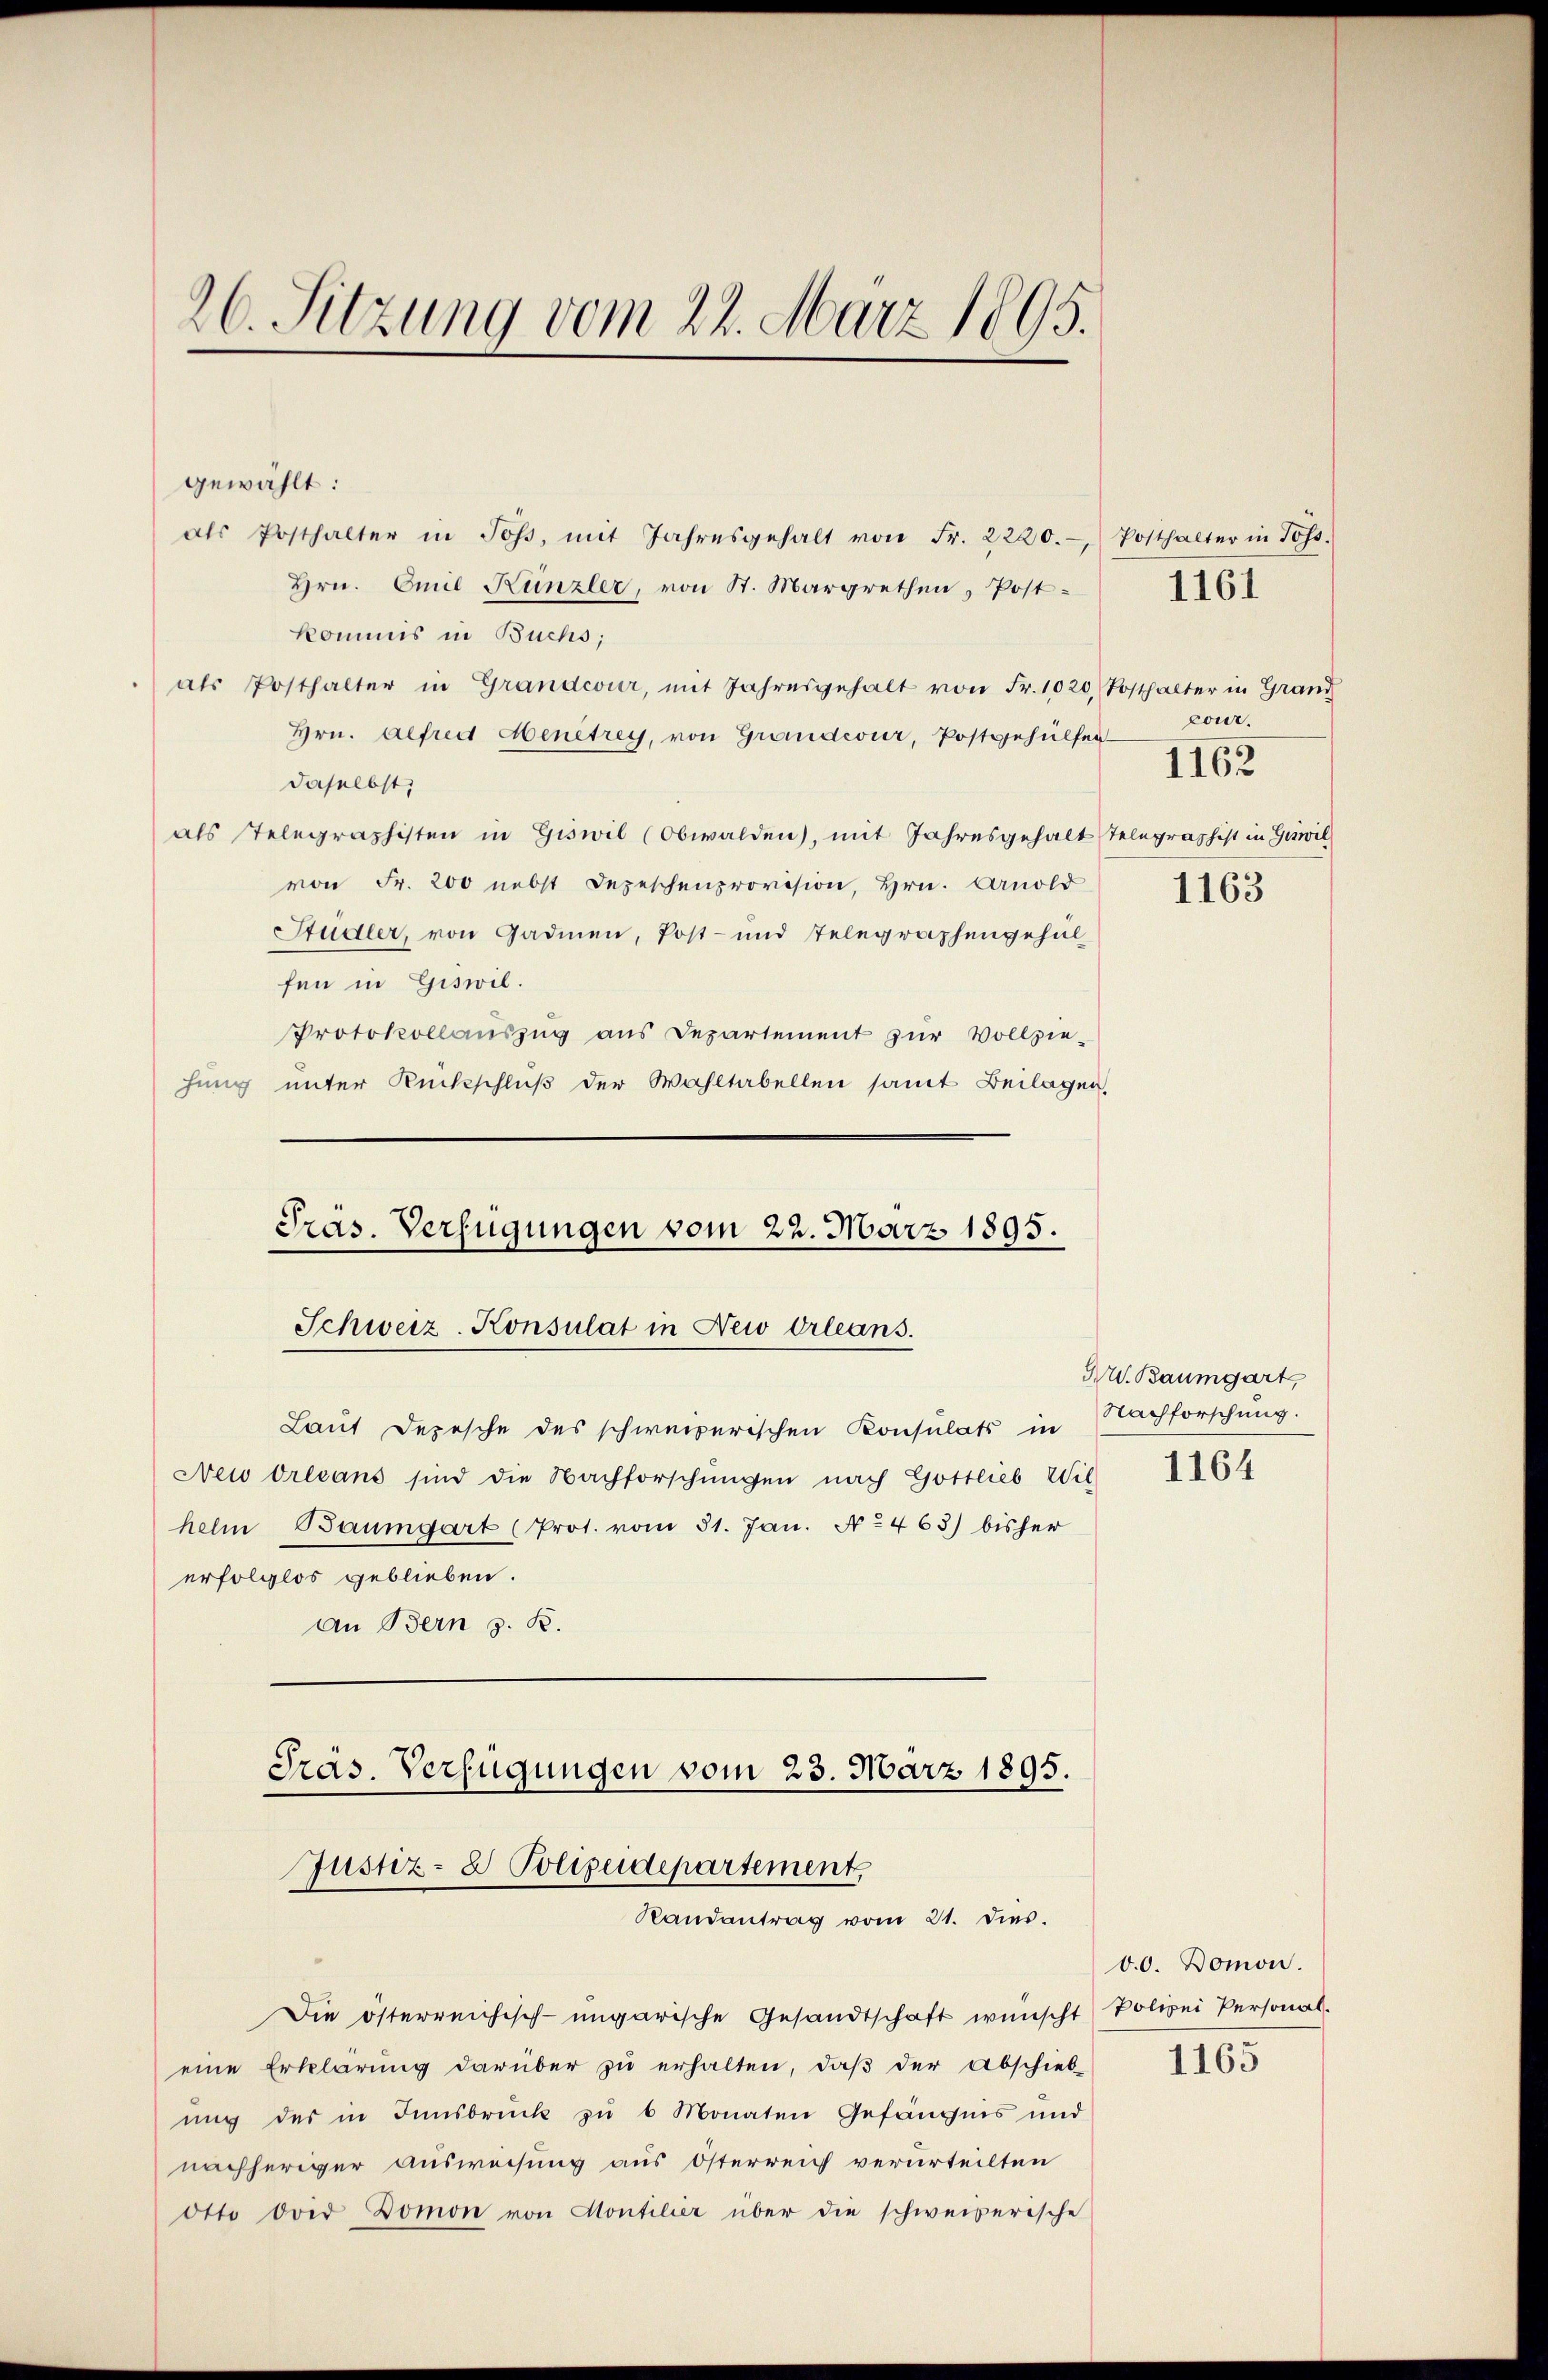
26. Sitzung vom 22. März 1895.

gewählt:
als Posthalter in Poss, mit Jahresgehalt von Fr. 2220. Posthalter in Poss.
Hrn. Emil Künzler, von St. Margrethen, Post-
kommis in Buchs,
als Posthalter in Grandcour, mit Jahresgehalt von Fr. 1020, Posthalter in Grand
Hrn. Alfred Henetrey, von Grandeur, Postgehülfen
daselbst,
als Telegraphisten in Giswil (Obwalden, mit Jahresgehalt Telegraphist in Giswil
von Fr. 200 nebst Depeschenprovision, Hrn. Arnold
Studler, von Gadmen, Post- und Telegraphengehülfen in Giswil.
Protokollauszug aus Departement zur Vollzie-
hung unter Rückschluß der Wahltabellen samt Beilagen.

Präs. Verfügungen vom 22. März 1895.
Schweiz. Konsulat in New Orleans.

Laut Depesche des schweizerischen Konsulats in Nachforschung.
erfolglos geblieben.
an Bern z. B.
Präs. Verfügungen vom 23. März 1895.
Justiz- & Polizeidepartement
Randantrag vom 21. dies.
Die österreichisch-ungarische Gesandtschaft wünscht) Polizei Personal-
eine Erklärung darüber zu erhalten, daß der Abschieb-
ŭng des in Innsbruck zŭ 6 Monaten Gefängnis und
nachheriger Ausweisung aus Österreich verurteilten
otto der Domon von Montilier über die schweizerische

Neu Orleans sind die Nachforschungen nach Gottlieb Wil
helm Baumgart (Prot. vom 31. Jan. No. 463) bisher

cour.
1162

1161

1163

Gr. Baumgart,
1164

v.O. Domon.

1165